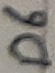
Text: D6